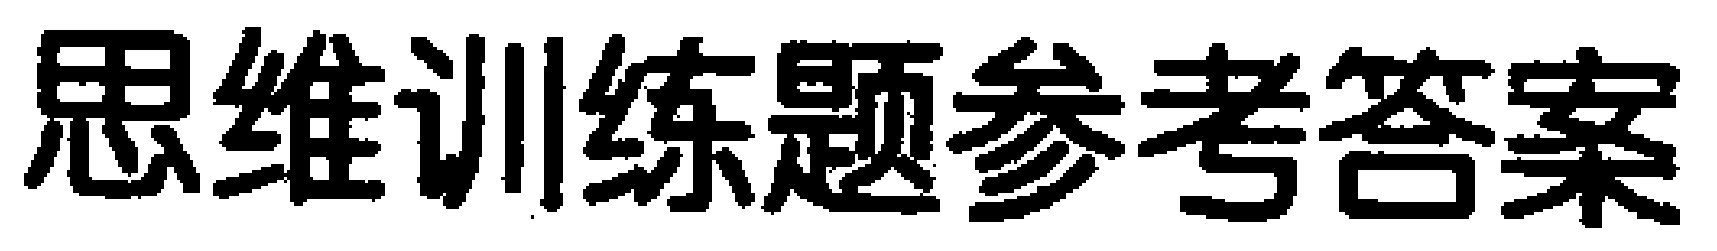
思维训练题参考答案